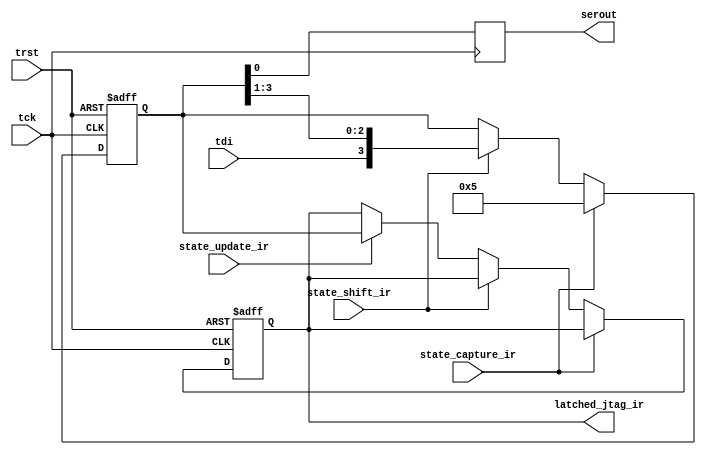
/**********************************************************************************
*                                                                                 *
*  JTAG Instruction Register                                                      *
*                                                                                 *
**********************************************************************************/


module  jtag_ir #(parameter IR_LENGTH = 4) (
  input wire tck, 					// JTAG pads
  input wire trst, 
  input wire tdi,
  input wire state_shift_ir,				// TAP states
  input wire state_capture_ir,
  input wire state_update_ir,
  output reg serout,				// Select signals for boundary scan or mbist
  output reg [IR_LENGTH-1:0]  latched_jtag_ir
); 

localparam  IDCODE          = 4'b0010;
localparam  INIT_IR_VALUE   = 4'b0101;

  
reg [IR_LENGTH-1:0]  jtag_ir;			// Instruction register.

always @ (posedge tck or posedge trst)
begin
  if (trst) begin
    jtag_ir[IR_LENGTH-1:0] 	<= {IR_LENGTH{1'b0}}; // Why not set to IDCODE ??? TODO
    latched_jtag_ir 		<= IDCODE;   // IDCODE selected after reset
  end else if (state_capture_ir)
    jtag_ir <= INIT_IR_VALUE;			// This value is fixed for easier fault detection ??? TODO Move to defines!!!		--Already moved   
  else if (state_shift_ir)
    jtag_ir[IR_LENGTH-1:0] <= {tdi, jtag_ir[IR_LENGTH-1:1]};
  else if (state_update_ir)
    latched_jtag_ir <= jtag_ir;
end

always @ (negedge tck)
begin
  serout <= jtag_ir[0];
end

endmodule